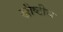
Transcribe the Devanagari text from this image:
ख्रीष्टीय